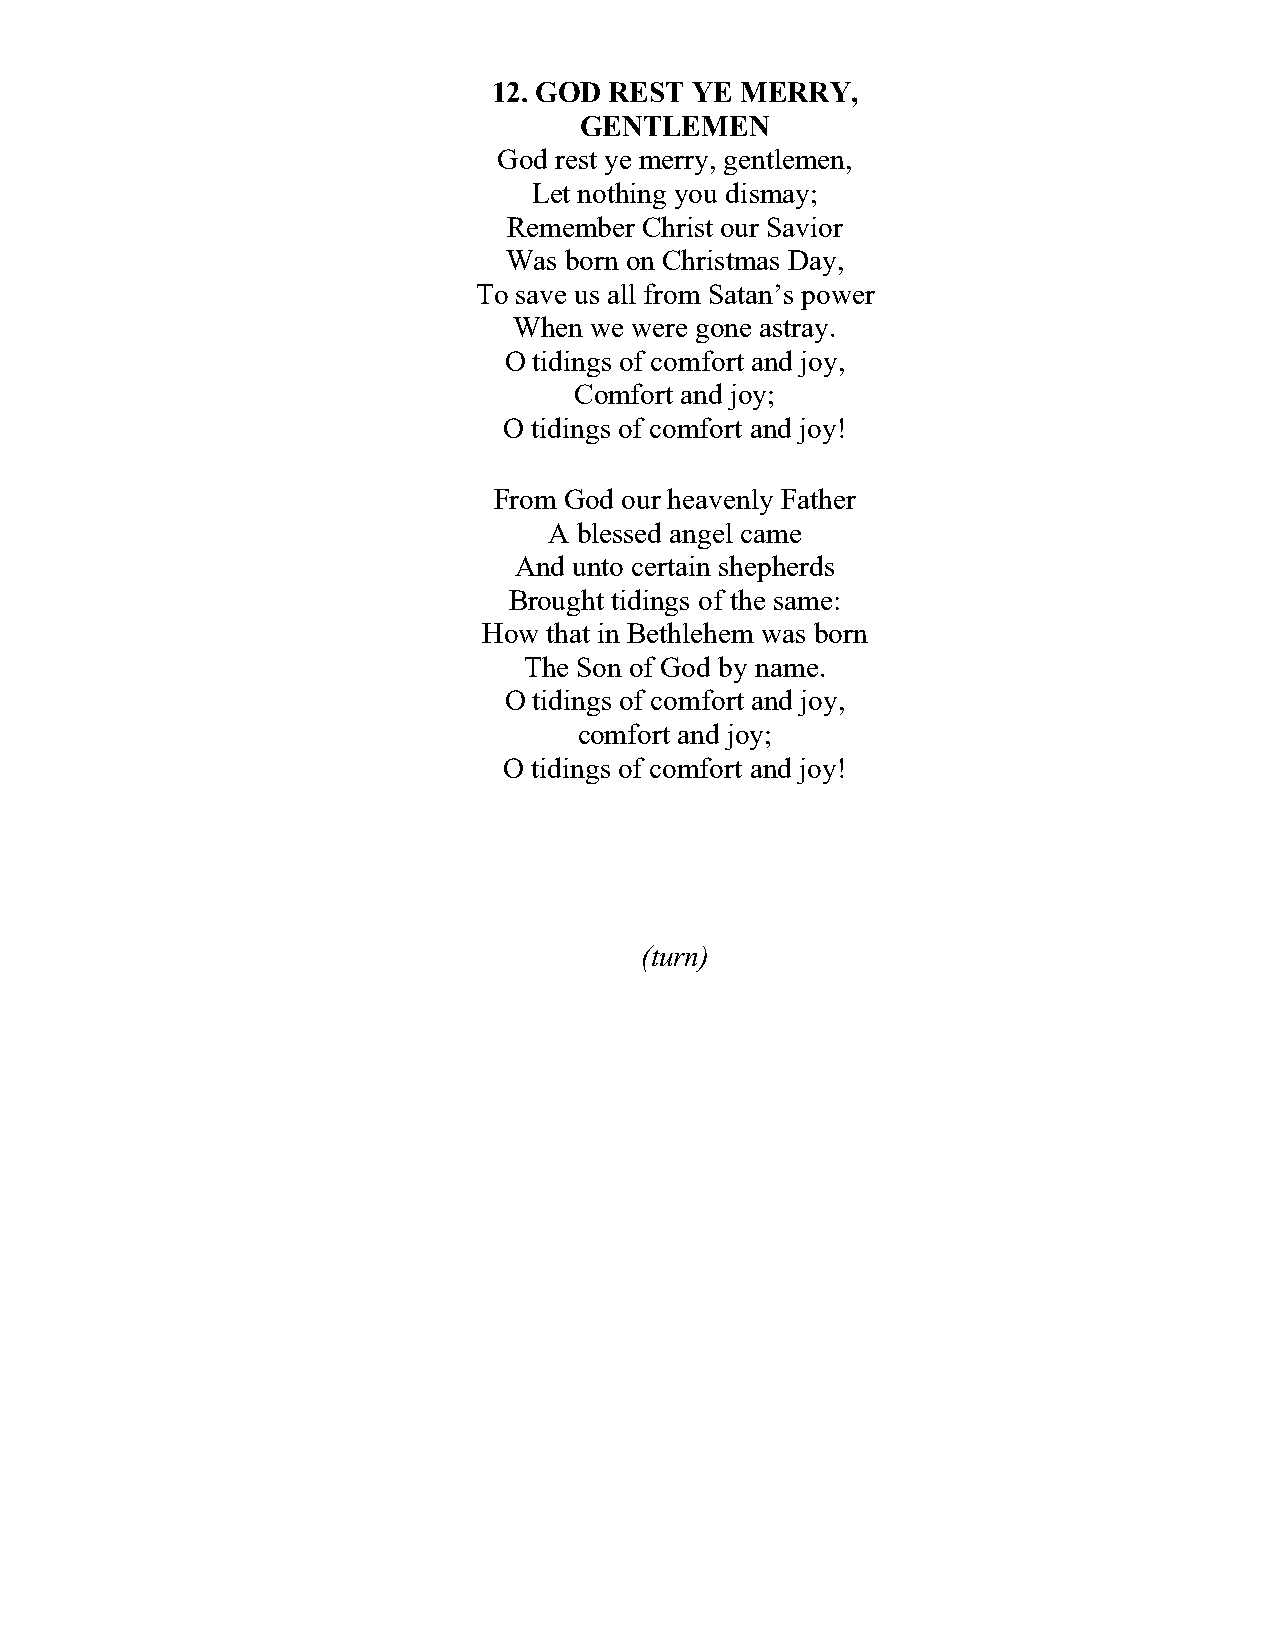
12. GOD REST YE MERRY,
 GENTLEMEN
 God rest ye merry, gentlemen,
 Let nothing you dismay;
 Remember Christ our Savior
 Was born on Christmas Day,
 To save us all from Satan’s power
 When we were gone astray.
 O tidings of comfort and joy,
 Comfort and joy;
 O tidings of comfort and joy!
 From God our heavenly Father
 A blessed angel came
 And unto certain shepherds
 Brought tidings of the same:
 How that in Bethlehem was born
 The Son of God by name.
 O tidings of comfort and joy,
 comfort and joy;
 O tidings of comfort and joy!
 (turn)